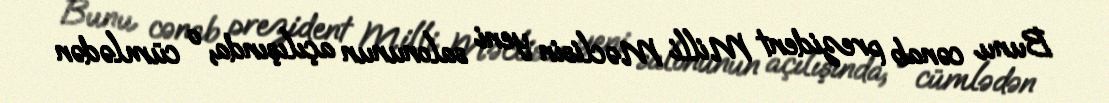
Bunu cənab prezident Milli Məclisin yeni salonunun açılışında, o cümlədən